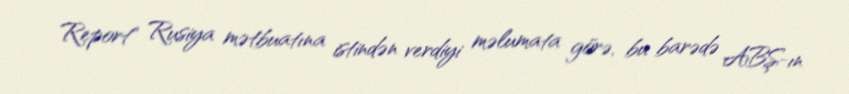
Report" Rusiya mətbuatına istindən verdiyi məlumata görə, bu barədə ABŞ-ın